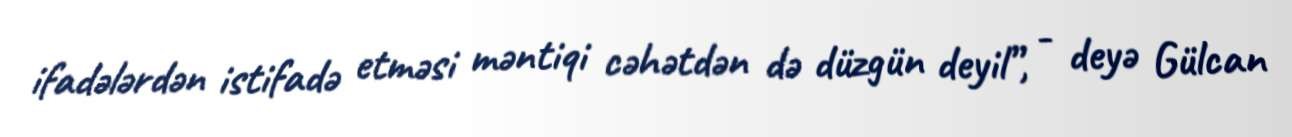
ifadələrdən istifadə etməsi məntiqi cəhətdən də düzgün deyil”, - deyə Gülcan